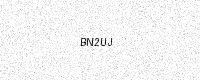
Text: BN2UJ